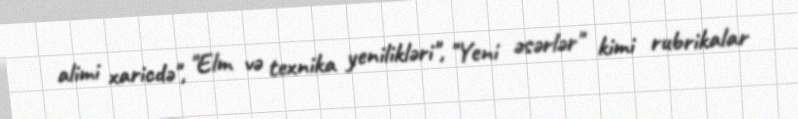
alimi xaricdə", "Elm və texnika yenilikləri", "Yeni əsərlər" kimi rubrikalar